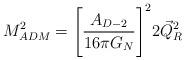
LaTeX: \begin{align*}M_{ADM}^2 = \Biggl[\frac{A_{D-2}}{16\pi G_N}\Biggr]^22\vec{Q}_R^2\end{align*}